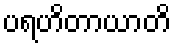
ပရဟိတာယာတိ